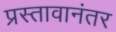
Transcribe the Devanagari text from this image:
प्रस्तावानंतर